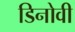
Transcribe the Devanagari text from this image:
डिनोवी